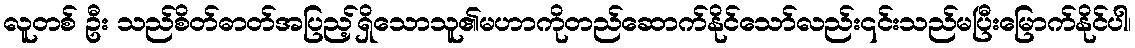
လူတစ် ဦး သည်စိတ်ဓာတ်အပြည့်ရှိသောသူ၏မဟာကိုတည်ဆောက်နိုင်သော်လည်း၎င်းသည်မပြီးမြောက်နိုင်ပါ၊